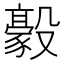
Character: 𣫛